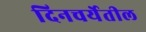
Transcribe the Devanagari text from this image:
दिनचर्येतील